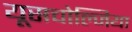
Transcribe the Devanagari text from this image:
यूसचोल्जिया